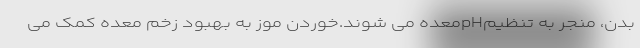
بدن، منجر به تنظیمpHمعده می شوند.خوردن موز به بهبود زخم معده کمک می